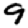
Digit: 9